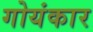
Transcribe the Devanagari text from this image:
गोयंकार